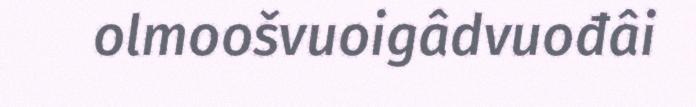
olmoošvuoigâdvuođâi